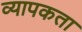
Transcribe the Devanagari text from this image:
व्‍यापकता